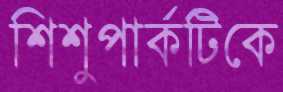
শিশুপার্কটিকে